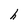
Character: h